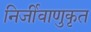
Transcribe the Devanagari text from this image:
निर्जीवाणुकृत